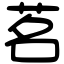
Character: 茗